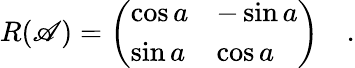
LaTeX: R(\mathscr{A})=\left(\begin{array}{ll}{{\cos a}}&{{-\sin a}}\\ {{\sin a}}&{{\cos a}}\end{array}\right)\quad.